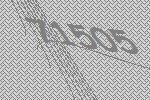
71505